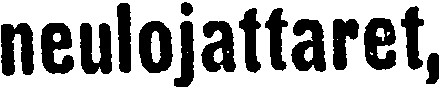
neulojattaret,